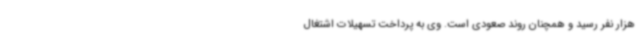
هزار نفر رسید و همچنان روند صعودی است. وی به پرداخت تسهیلات اشتغال